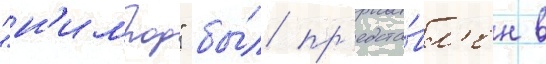
"н'имрод" бы́л пр'едста́вл'ен в